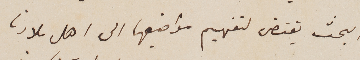
البحث يقتضى لتفهيم مواضيعها الى اهل بلادنا